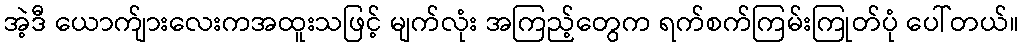
အဲ့ဒီ ယောက်ျားလေးကအထူးသဖြင့် မျက်လုံး အကြည့်တွေက ရက်စက်ကြမ်းကြုတ်ပုံ ပေါ်တယ်။